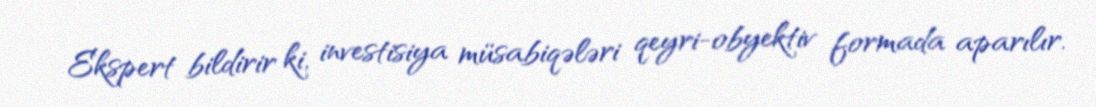
Ekspert bildirir ki, investisiya müsabiqələri qeyri-obyektiv formada aparılır.